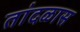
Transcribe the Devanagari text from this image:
तांदळास